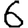
Digit: 6